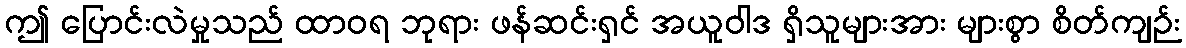
ဤ ပြောင်းလဲမှုသည် ထာဝရ ဘုရား ဖန်ဆင်းရှင် အယူဝါဒ ရှိသူများအား များစွာ စိတ်ကျဉ်း